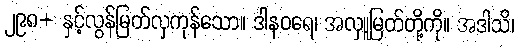
၂၉၈+ နှင့်လွန်မြတ်လှကုန်သော။ ဒါနဝရေ၊ အလှူမြတ်တို့ကို။ အဒါသိ၊